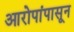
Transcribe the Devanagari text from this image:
आरोपांपासून